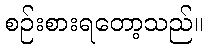
စဉ်းစားရတော့သည်။